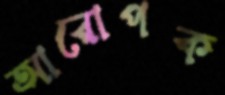
আরোপক